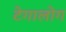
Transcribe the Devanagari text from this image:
टेगालोग